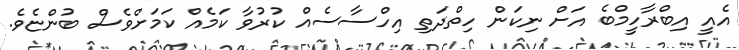
އެއީ އިބްރާހީމްބެ އަށް ނިކަން ހިތްދަތި އިހްސާސެއް ކުރުވާ ކަމެއް ކަމަށްވެސް ބުންޏެވެ.